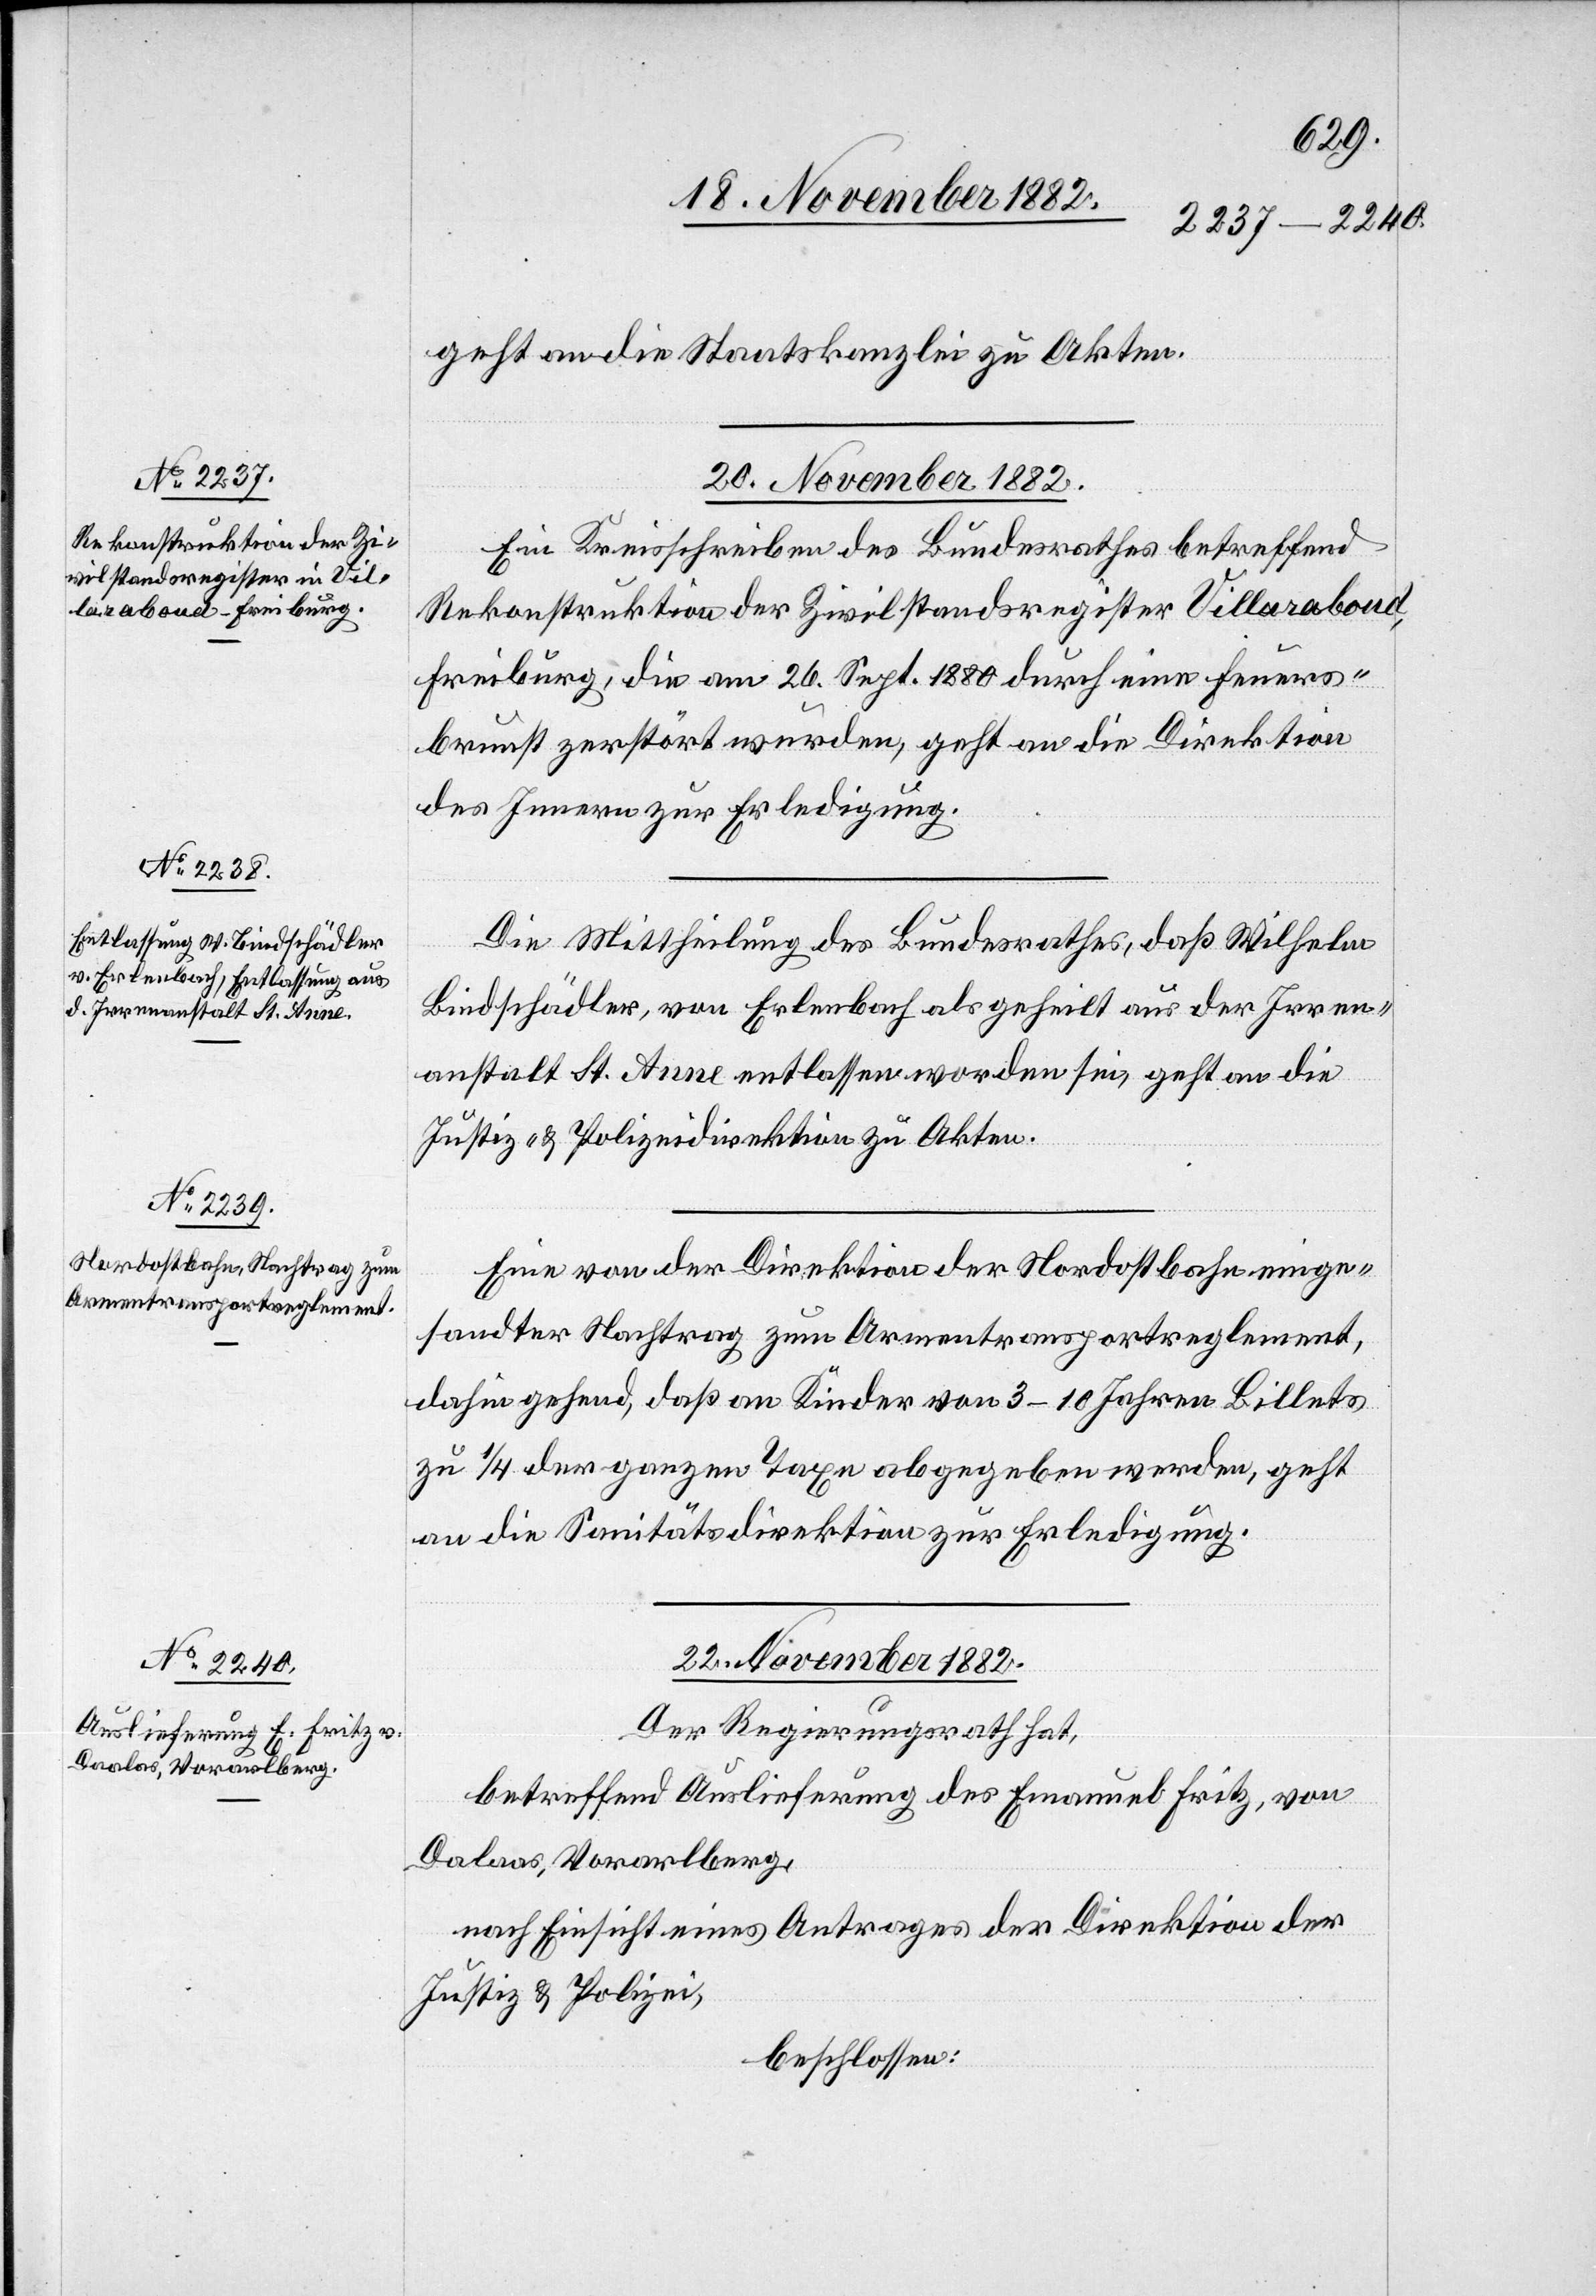
geht an die Staatskanzlei zu Akten.
20. November 1882.]
Ein Kreisschreiben des Bundesrathes betreffend
Rekonstruktion der Zivilstandsregister Villaraboud,
Freiburg, die am 26. Sept. 1880 durch eine Feuers¬
brunst zerstört wurden, geht an die Direktion
des Innern zur Erledigung.
Die Mittheilung des Bundesrathes, daß Wilhelm
Bindschädler, von Erlenbach als geheilt aus der Irren¬
anstalt St. Anne entlassen worden sei, geht an die
Justiz- & Polizeidirektion zu Akten.
ein] von der Direktion der Nordostbahn einge¬
sandter Nachtrag zum Armentransportreglement,
dahin gehend, daß an Kinder von 3–10 Jahren Billets
zu 1/4 der ganzen Taxe abgegeben werden, geht
an die Sanitätsdirektion zur Erledigung.
22. November 1882.
Der Regierungsrath hat,
betreffend Auslieferung des Emanuel Fritz, von
Dalaas, Vorarlberg,
nach Einsicht eines Antrages der Direktion der
Justiz & Polizei,
beschlossen: